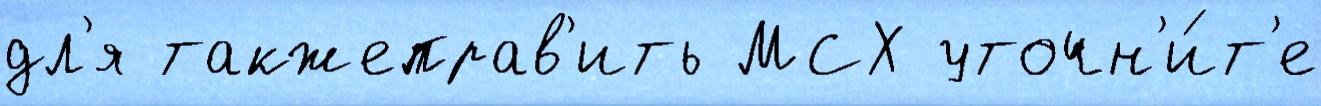
дл'я такжеправ'ить МСХ уточн'и́т'е